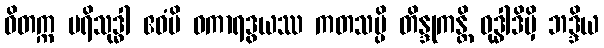
ဝိတက္က ပရိသုဒ္ဓါ ဧဝံပိ ဝကာရဒွယဿ ကတသပ္ပိ တိန္ဒုကန္တိ ဝုဒ္ဓါဒိမှိ ဘဒ္ဒိယ